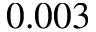
0 . 0 0 3